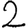
Digit: 2